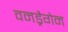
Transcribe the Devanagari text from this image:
वनड्रैगेन